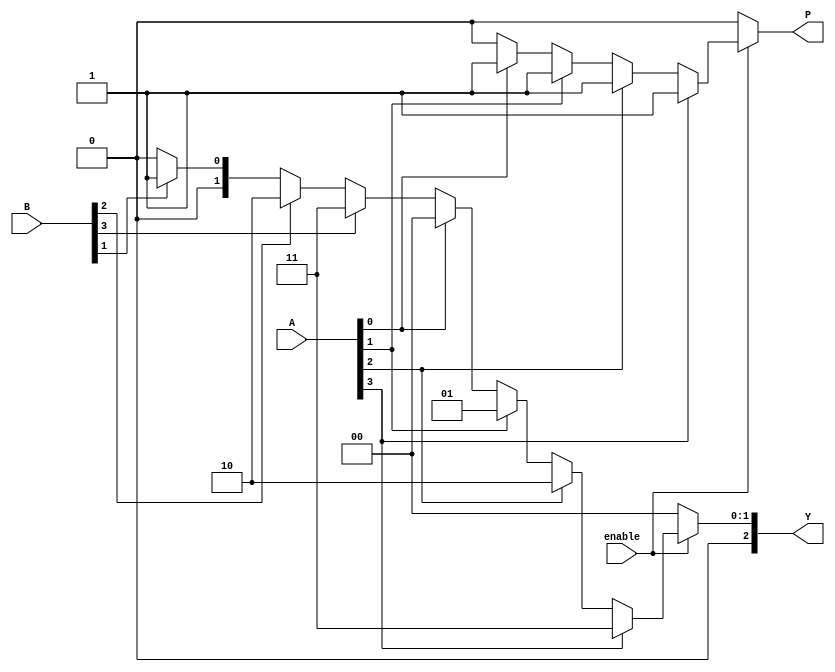
module dual_priority_encoder (
    input wire [3:0] A,       // Group A Inputs (A0, A1, A2, A3)
    input wire [3:0] B,       // Group B Inputs (B0, B1, B2, B3)
    input wire enable,         // Enable signal
    output reg [2:0] Y,       // Binary Output (Y2, Y1, Y0)
    output reg P              // Priority Indicator
);

    always @(*) begin
        // Default output
        Y = 3'b000; // Default output when no inputs are active
        P = 1'b0;   // Default priority indicator

        if (enable) begin
            // Check Group A first (higher priority)
            if (A[3]) begin
                Y = 3'b011; // Output for A3
                P = 1'b1;   // Indicate Group A
            end else if (A[2]) begin
                Y = 3'b010; // Output for A2
                P = 1'b1;   // Indicate Group A
            end else if (A[1]) begin
                Y = 3'b001; // Output for A1
                P = 1'b1;   // Indicate Group A
            end else if (A[0]) begin
                Y = 3'b000; // Output for A0
                P = 1'b1;   // Indicate Group A
            end
            // If no Group A inputs are active, check Group B
            else if (B[3]) begin
                Y = 3'b011; // Output for B3
                P = 1'b0;   // Indicate Group B
            end else if (B[2]) begin
                Y = 3'b010; // Output for B2
                P = 1'b0;   // Indicate Group B
            end else if (B[1]) begin
                Y = 3'b001; // Output for B1
                P = 1'b0;   // Indicate Group B
            end else if (B[0]) begin
                Y = 3'b000; // Output for B0
                P = 1'b0;   // Indicate Group B
            end
        end else begin
            // If enable is low, maintain default state
            Y = 3'b000; // Output when disabled
            P = 1'b0;   // Indicate no active group
        end
    end

endmodule